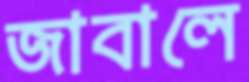
জাবালে